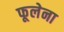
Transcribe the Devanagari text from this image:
फूलेना